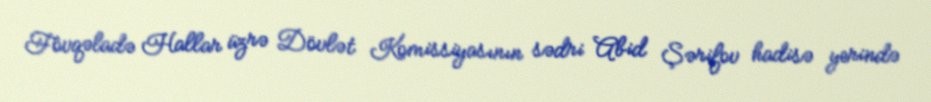
Fövqəladə Hallar üzrə Dövlət Komissiyasının sədri Abid Şərifov hadisə yerində